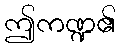
ဤကဏ္ဍ၏